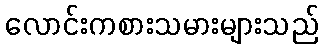
လောင်းကစားသမားများသည်